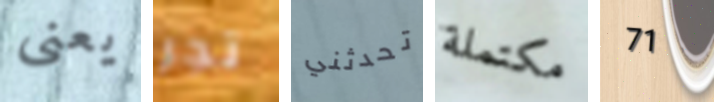
يعنى تجر تحدثني مكتملة 71